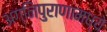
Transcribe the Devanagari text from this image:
अग्निपुराणामध्ये